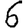
Digit: 6